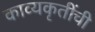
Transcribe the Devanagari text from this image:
काव्यकृतींची